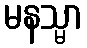
မနသ္မာ